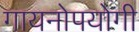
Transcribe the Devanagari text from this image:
गायनोपयोगी